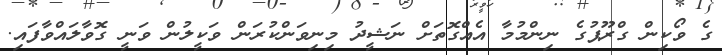
ގެ ވޯކިން ގްރޫޕުގެ ނިންމުމާ އެއްގޮތަށް ނަޝީދު މިނިވަންކުރަން ވަކީލުން ވަނީ ގޮވާލައްވާފައި.